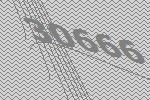
30666